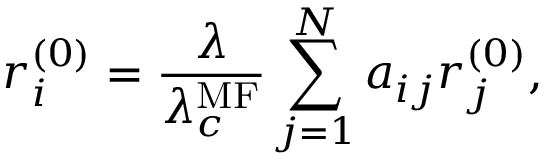
r _ { i } ^ { ( 0 ) } = \frac { \lambda } { \lambda _ { c } ^ { \mathrm { M F } } } \sum _ { j = 1 } ^ { N } a _ { i j } r _ { j } ^ { ( 0 ) } ,